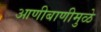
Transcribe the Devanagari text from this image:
आणीबाणीमुळे